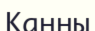
Канны